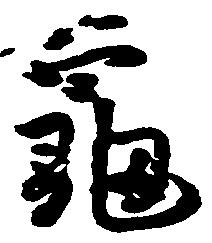
亀